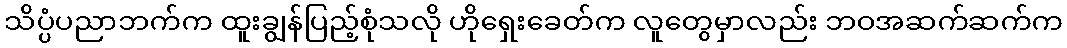
သိပ္ပံပညာဘက်က ထူးချွန်ပြည့်စုံသလို ဟိုရှေးခေတ်က လူတွေမှာလည်း ဘဝအဆက်ဆက်က